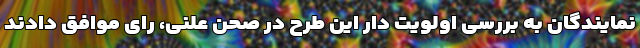
نمایندگان به بررسی اولویت دار این طرح در صحن علنی، رای موافق دادند